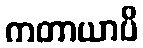
ကတာယာပိ